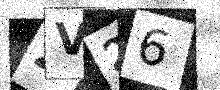
Text: ZV26